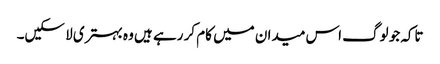
تاکہ جو لوگ اس میدان میں کام کر رہے ہیں وہ بہتری لا سکیں۔